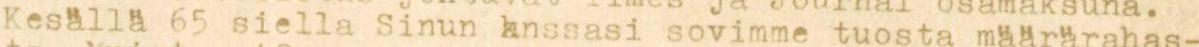
Kesällä 65 siellä Sinun knssasi sovimme tuosta määrärahas-